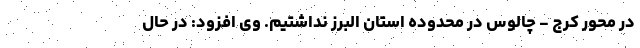
در محور کرج - چالوس در محدوده استان البرز نداشتیم. وی افزود: در حال